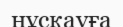
нұсқауға